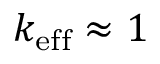
k _ { \mathrm { e f f } } \approx 1